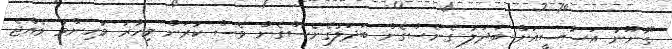
"ގާނޫނު އަސާސީއަށް ބަދަލު ގެނެސްގެން ބަދަލުގެނެސްގެން ވެސް ކުރަން މިހާރު މުހިންމު ވެއްޖެ